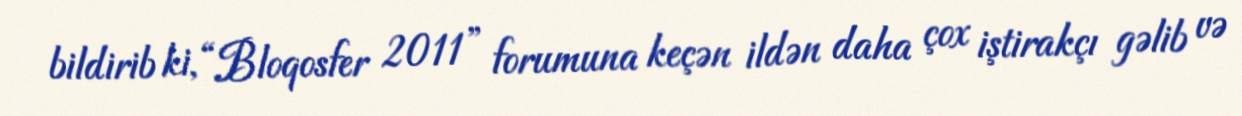
bildirib ki, “Bloqosfer 2011” forumuna keçən ildən daha çox iştirakçı gəlib və